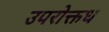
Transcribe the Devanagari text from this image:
उपरोक्तध